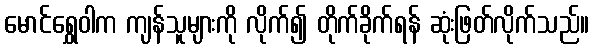
မောင်ရွှေဝါက ကျန်သူများကို လိုက်၍ တိုက်ခိုက်ရန် ဆုံးဖြတ်လိုက်သည်။